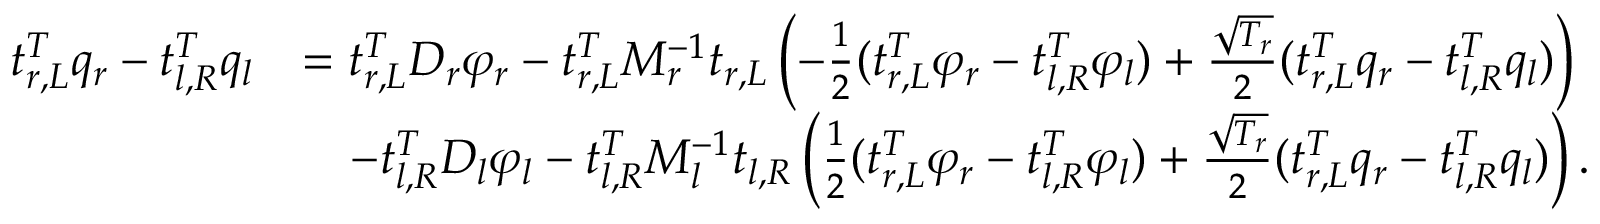
\begin{array} { r l } { t _ { r , L } ^ { T } q _ { r } - t _ { l , R } ^ { T } q _ { l } } & { = t _ { r , L } ^ { T } D _ { r } \varphi _ { r } - t _ { r , L } ^ { T } M _ { r } ^ { - 1 } t _ { r , L } \left( - \frac { 1 } { 2 } ( t _ { r , L } ^ { T } \varphi _ { r } - t _ { l , R } ^ { T } \varphi _ { l } ) + \frac { \sqrt { T _ { r } } } { 2 } ( t _ { r , L } ^ { T } q _ { r } - t _ { l , R } ^ { T } q _ { l } ) \right) } \\ & { \quad - t _ { l , R } ^ { T } D _ { l } \varphi _ { l } - t _ { l , R } ^ { T } M _ { l } ^ { - 1 } t _ { l , R } \left( \frac { 1 } { 2 } ( t _ { r , L } ^ { T } \varphi _ { r } - t _ { l , R } ^ { T } \varphi _ { l } ) + \frac { \sqrt { T _ { r } } } { 2 } ( t _ { r , L } ^ { T } q _ { r } - t _ { l , R } ^ { T } q _ { l } ) \right) . } \end{array}